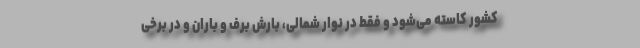
کشور کاسته می‌شود و فقط در نوار شمالی، بارش برف و باران و در برخی